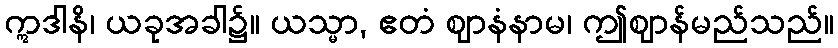
ဣဒါနိ၊ ယခုအခါ၌။ ယသ္မာ, ဧတံ ဈာနံနာမ၊ ဤဈာန်မည်သည်။